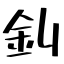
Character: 釗